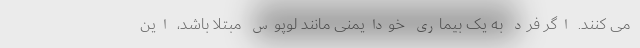
می کنند. اگر فرد به یک بیماری خودایمنی مانند لوپوس مبتلا باشد، این